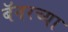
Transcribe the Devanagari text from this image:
बॅनरच्या